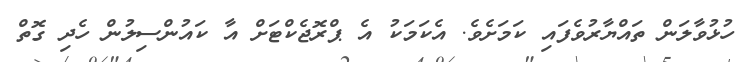
ހުޅުވާލަން ތައްޔާރުވެފައި ކަމަށެވެ. އެކަމަކު އެ ޕްރޮޖެކްޓަށް އާ ކައުންސިލުން ހެދި ގޮތް